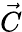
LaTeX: \vec{C}